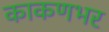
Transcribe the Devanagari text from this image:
काकणभर